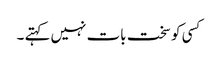
کسی کو سخت بات نہیں کہتے ۔